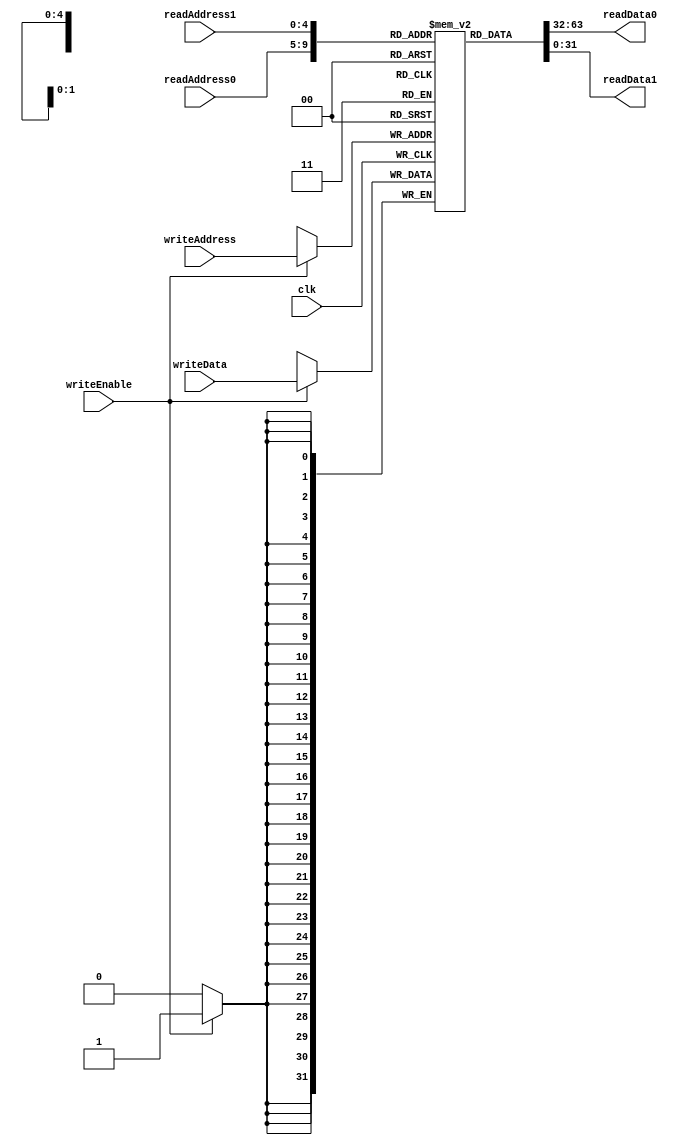
module regFile (readAddress0, readAddress1, writeAddress, writeData, writeEnable, clk, readData0, readData1);
  input [4:0] readAddress0, readAddress1, writeAddress;
  input [31:0] writeData;
  input writeEnable, clk;
  output reg [31:0] readData0, readData1;

  reg [31:0] rF [31:0];

  initial //Set register to hold all 0s
  begin
    rF[5'b00000] = 32'b00000000000000000000000000000000;
    rF[5'b00001] = 32'b00000000000000000000000000000000;
    rF[5'b00010] = 32'b00000000000000000000000000000000;
    rF[5'b00011] = 32'b00000000000000000000000000000000;
    rF[5'b00100] = 32'b00000000000000000000000000000000;
    rF[5'b00101] = 32'b00000000000000000000000000000000;
    rF[5'b00110] = 32'b00000000000000000000000000000000;
    rF[5'b00111] = 32'b00000000000000000000000000000000;
    rF[5'b01000] = 32'b00000000000000000000000000000000;
    rF[5'b01001] = 32'b00000000000000000000000000000000;
    rF[5'b01010] = 32'b00000000000000000000000000000000;
    rF[5'b01011] = 32'b00000000000000000000000000000000;
    rF[5'b01100] = 32'b00000000000000000000000000000000;
    rF[5'b01101] = 32'b00000000000000000000000000000000;
    rF[5'b01110] = 32'b00000000000000000000000000000000;
    rF[5'b01111] = 32'b00000000000000000000000000000000;
    rF[5'b10000] = 32'b00000000000000000000000000000000;
    rF[5'b10001] = 32'b00000000000000000000000000000000;
    rF[5'b10010] = 32'b00000000000000000000000000000000;
    rF[5'b10011] = 32'b00000000000000000000000000000000;
    rF[5'b10100] = 32'b00000000000000000000000000000000;
    rF[5'b10101] = 32'b00000000000000000000000000000000;
    rF[5'b10110] = 32'b00000000000000000000000000000000;
    rF[5'b10111] = 32'b00000000000000000000000000000000;
    rF[5'b11000] = 32'b00000000000000000000000000000000;
    rF[5'b11001] = 32'b00000000000000000000000000000000;
    rF[5'b11010] = 32'b00000000000000000000000000000000;
    rF[5'b11011] = 32'b00000000000000000000000000000000;
    rF[5'b11100] = 32'b00000000000000000000000000000000;
    rF[5'b11101] = 32'b00000000000000000000000000000000;
    rF[5'b11110] = 32'b00000000000000000000000000000000;
    rF[5'b11111] = 32'b00000000000000000000000000000000;
  end
  
  always @ (readAddress0 or readAddress1)
    begin
      readData0 = rF[readAddress0];
      readData1 = rF[readAddress1];
    end

  always @ (posedge clk)
    begin
      if (writeEnable)
	rF[writeAddress] = writeData;
    end

endmodule